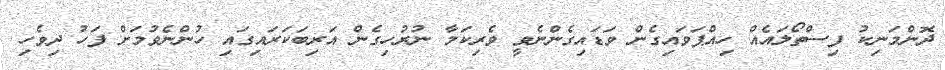
ދޮންމަނިކު ފިސްތޯލައެއް ހިއްޕަވައިގެން ވަޑައިގެންނެވީ ވެރިކަމާ ނުރުހިގެން އަރިބަކަރައިގައި ހުންނެވުމަށް ފަހު ދިވެހި